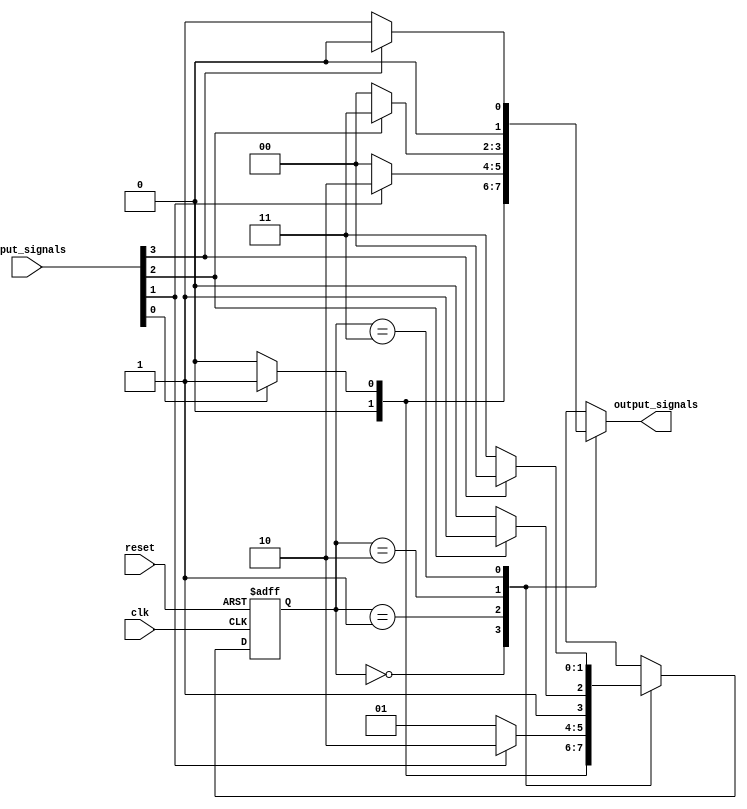
module variable_input_mealy_sm #(
    parameter STATE_WIDTH = 2,   // Number of bits for state representation
    parameter INPUT_WIDTH = 4     // Number of bits for input signals
)(
    input wire clk,               // Clock signal
    input wire reset,             // Reset signal
    input wire [INPUT_WIDTH-1:0] input_signals, // Variable input signals
    output reg [1:0] output_signals // Output signals
);

    // State Encoding
    localparam S0 = 2'b00;
    localparam S1 = 2'b01;
    localparam S2 = 2'b10;
    localparam S3 = 2'b11;

    // State Register
    reg [STATE_WIDTH-1:0] current_state, next_state;

    // Next State Logic
    always @(*) begin
        case (current_state)
            S0: begin
                if (input_signals[0]) next_state = S1; // Transition based on input
                else next_state = S0;
            end
            S1: begin
                if (input_signals[1]) next_state = S2; // Transition based on input
                else next_state = S1;
            end
            S2: begin
                if (input_signals[2]) next_state = S3; // Transition based on input
                else next_state = S2;
            end
            S3: begin
                if (input_signals[3]) next_state = S0; // Transition back to initial state
                else next_state = S3;
            end
            default: next_state = S0; // Default to initial state
        endcase
    end

    // Output Logic (Mealy Machine)
    always @(*) begin
        case (current_state)
            S0: output_signals = (input_signals[0]) ? 2'b01 : 2'b00;
            S1: output_signals = (input_signals[1]) ? 2'b10 : 2'b00;
            S2: output_signals = (input_signals[2]) ? 2'b11 : 2'b00;
            S3: output_signals = (input_signals[3]) ? 2'b00 : 2'b01;
            default: output_signals = 2'b00; // Default output
        endcase
    end

    // State Transition
    always @(posedge clk or posedge reset) begin
        if (reset) begin
            current_state <= S0; // Initialize to state S0 on reset
        end else begin
            current_state <= next_state; // Update state on clock edge
        end
    end

endmodule